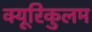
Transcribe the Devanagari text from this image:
क्यूरिकुलम